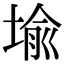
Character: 堬